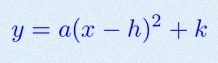
y=a(x-h)^2+k